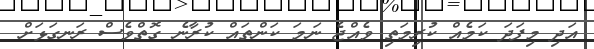
އަދި މިފަދަ ކަމެއް ކުރިމަތި ވެއްޖެ ނަމަ ކަންތައް ކުރާނެ ގޮތްވެސް ރަނގަޅަށް